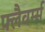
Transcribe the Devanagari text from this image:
फ्लैवर्म्स